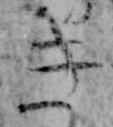
き